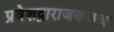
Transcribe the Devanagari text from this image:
प्रवेशद्वाराजवळच